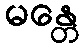
မန္တေ